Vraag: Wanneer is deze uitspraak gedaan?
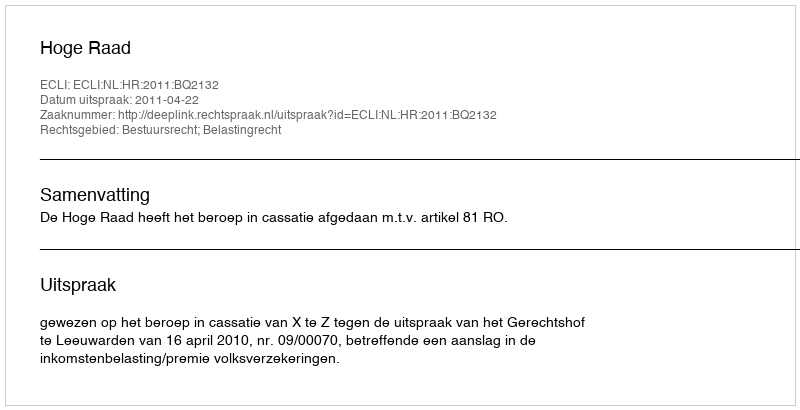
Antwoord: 2011-04-22